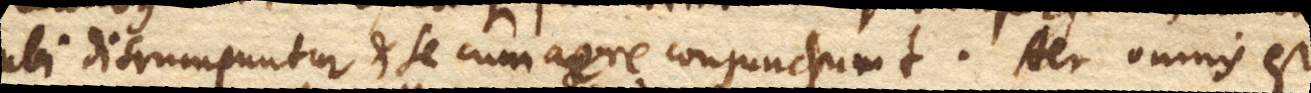
ubi disrumpuntur et se cum aere conjungunt. Aer omnis est